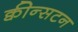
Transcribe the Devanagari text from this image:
क्वीन्सटन